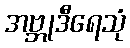
အဗ္ဘုဒီရေသုံ